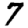
Digit: 7